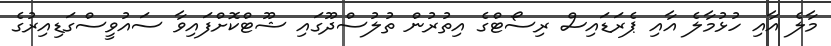
މާލެ އާއި ހުޅުމާލެ އާއި ޕެރަޑައިސް ރިސޯޓްގެ އިތުރުން ތުލުސްދޫގައި ޝޫޓްކޮށްފައިވާ ސައުވީސްގަޑިއިރުގެ